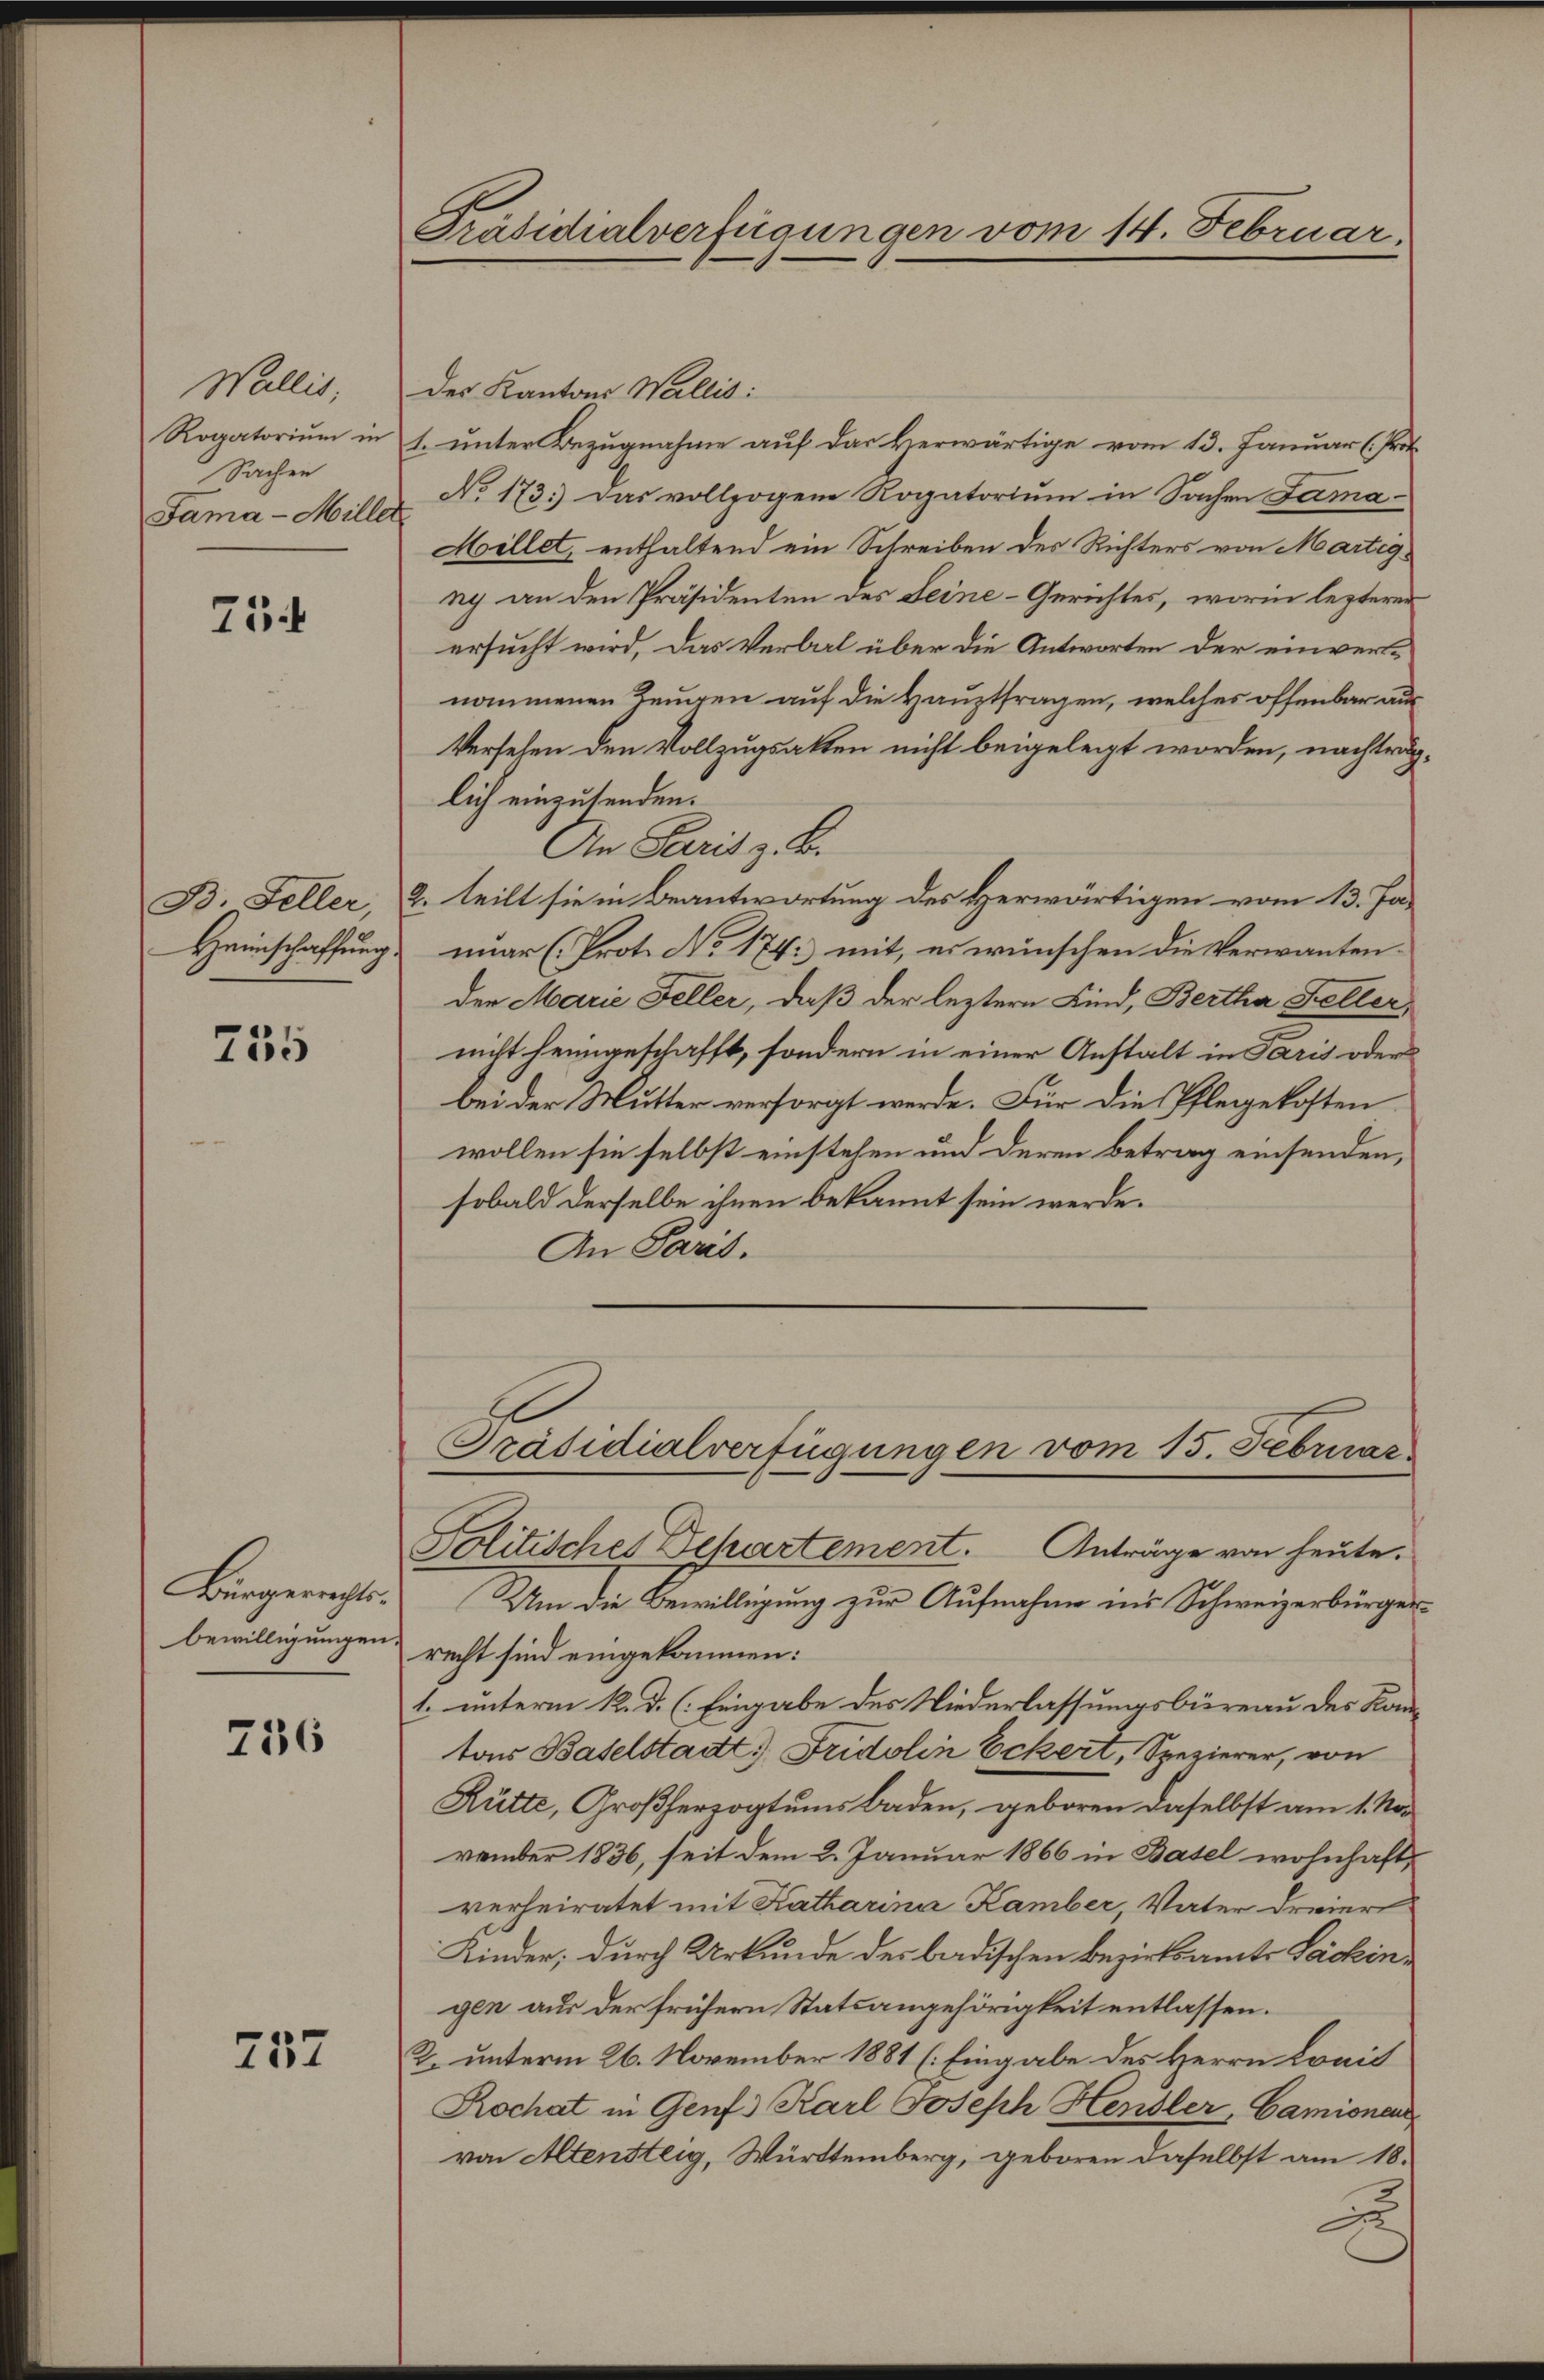
Wallis,
Rogatorium in
Sachen
Fama - Miller

75

B Feller,

755

Bürgerrechts.
bewilligungen.

236

757

des Kantons Wallis:
t. unter Bezugnahme auf das verwärtige vom 13. Januar (Prot
No. 173. Das vollzogene Rogatorium in Sachen Samaf
Millet, enthaltend ein Schreiben der Richters von Martigny an den Präsidenten des Seine-Gerichtes, worin lezterer
ersucht wird, das Verbal über die Antworten der einvernommenen Zeugen auf die Hauptfragen, welches offenbar aus¬
Versehen den Vollzugsakten nicht beigelegt worden, nachträg-
lich einzusenden.
An Paris z. B.
2. teilt sie in Beantwortung des Herwärtigen vom 13. Ja¬
Heimschaffung nuar (Prot. No. 174: mit, es wünschen die Verwanten-
den Marie Feller, daß der leztere Kind, Bertha Feller,
nicht heimgeschafft, sondern in einer Anstalt in Paris oder
bei der Mutter versorgt werde. Für die Pflegekosten
wollen sie selbst einstehen und deren Betrag einsenden,
sobald derselbe ihnen bekannt sein werde.
An Paris.
Präsidialverfügungen vom 15. Februar

Präsidialverfügungen vom 14. Februar.

Politisches Departement. Anträge von heute.

Um die Bewilligung zur Aufnahme in’s Schweizerbürgerrecht sind eingekommen:
1. unterm R. d. (Eingabe des Niederlassungsbüreau des Kan-
tar Baselstadt Fridolin Eckert, Spezierer, von
Rütte, Großherzogtums Baden, geboren daselbst am 1. November 1836, seit dem 2. Januar 1866 in Basel wohnhaft,
verheiratet mit Katharina Kamber, Vater dreier
Kinder, durch Urkunde des badischen Bezirksamte Lackingen aus der frühern Statsangehörigkeit entlassen.
2. unterm 26. November 1881 (Eingabe des Herrn Lonis
Rochat in Genf Karl Joseph Hensler, Camionen
von Altensteig, Württemberg, geboren daselbst am 18.